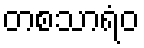
တစသာရံဝ